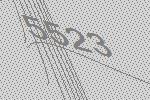
5523